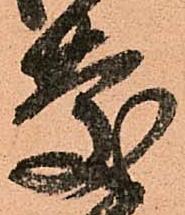
慶